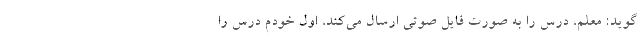
‌گوید: معلم، درس را به صورت فایل صوتی ارسال می‌کند، اول خودم درس را